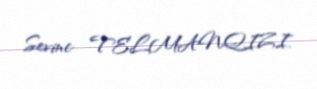
Sevinc TELMANQIZI.